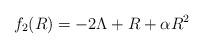
LaTeX: \begin{align*}f_{2} (R) = - 2 \Lambda + R + \alpha R^{2}\end{align*}